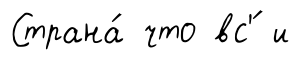
Страна́ что вс'́ и